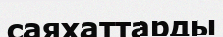
саяхаттарды